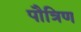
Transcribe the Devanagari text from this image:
पौत्रिण